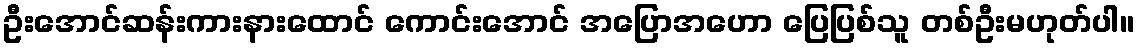
ဦးအောင်ဆန်းကားနားထောင် ကောင်းအောင် အပြောအဟော ပြေပြစ်သူ တစ်ဦးမဟုတ်ပါ။